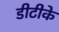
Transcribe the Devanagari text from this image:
डीटीके